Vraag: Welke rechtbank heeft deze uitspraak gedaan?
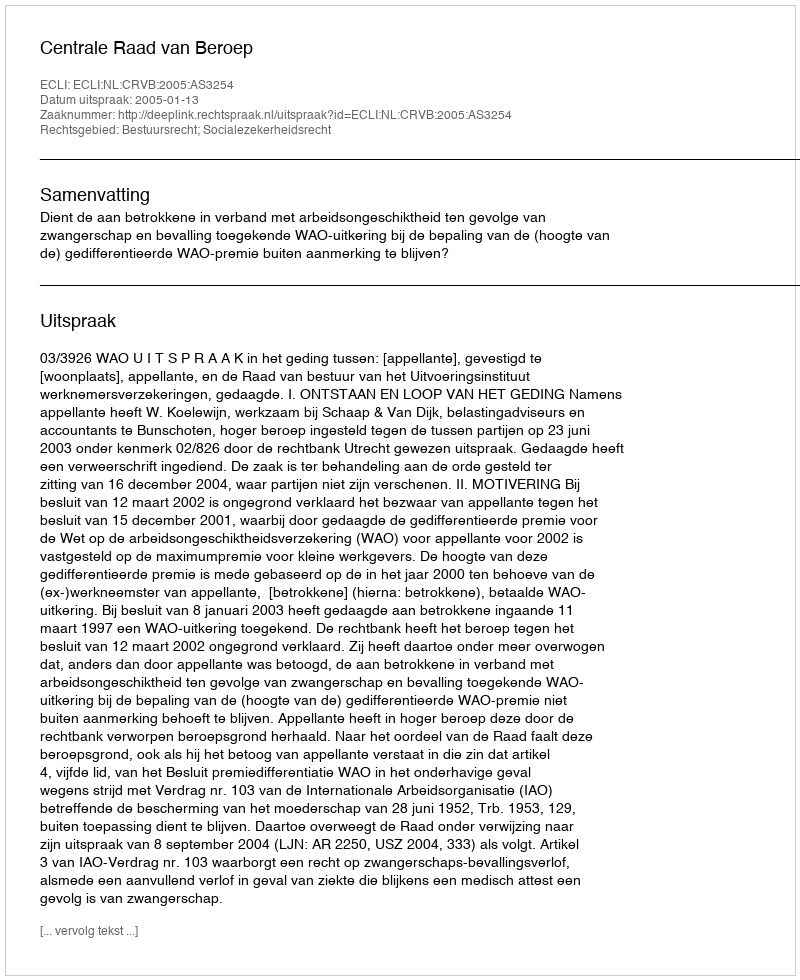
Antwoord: Centrale Raad van Beroep